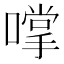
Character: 𫫮